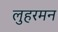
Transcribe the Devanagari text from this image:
लुहरमन